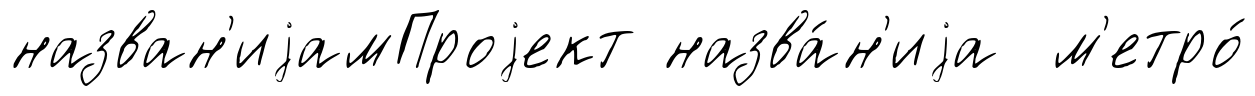
назван'иjамПроjект назва́н'иjа м'етро́